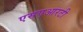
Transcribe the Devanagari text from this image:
एसएआरटी